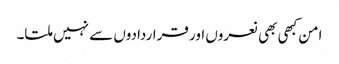
امن کبھی بھی نعروں اور قراردادوں سے نہیں ملتا۔